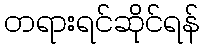
တရားရင်ဆိုင်ရန်